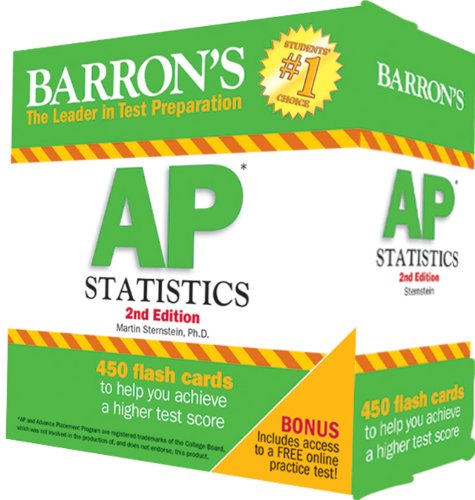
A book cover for Barron's AP Statistics Flash Cards, 2nd Edition; Marty Sternstein; Test Preparation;